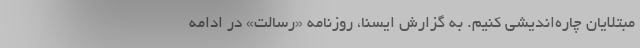
مبتلایان چاره‌اندیشی کنیم. به گزارش ایسنا، روزنامه «رسالت» در ادامه